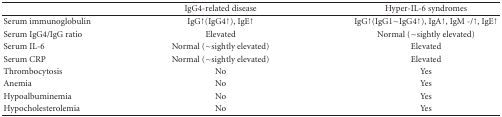
|  | IgG4-related disease | Hyper-IL-6 syndromes |
 | --- | --- | --- |
 | Serum immunoglobulin | IgG↑(IgG4↑), IgE↑ | IgG↑(IgG1∼IgG4↑), IgA↑, IgM -/↑, IgE↑ |
 | Serum IgG4/IgG ratio | Elevated | Normal (~sightly elevated) |
 | Serum IL-6 | Normal (~sightly elevated) | Elevated |
 | Serum CRP | Normal (~sightly elevated) | Elevated |
 | Thrombocytosis | No | Yes |
 | Anemia | No | Yes |
 | Hypoalbuminemia | No | Yes |
 | Hypocholesterolemia | No | Yes |